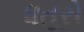
ધતૂરો